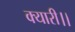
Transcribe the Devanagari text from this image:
क्यारी।।